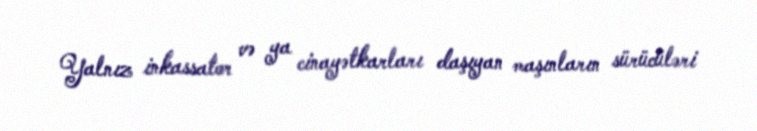
Yalnız inkassator və ya cinayətkarları daşıyan maşınların sürücüləri